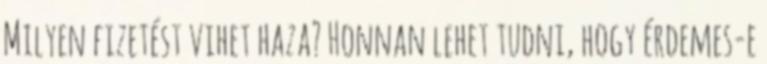
Milyen fizetést vihet haza? Honnan lehet tudni, hogy érdemes-e